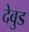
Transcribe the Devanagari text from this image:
देवुड